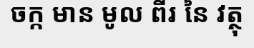
ចក្ក មាន មូល ពីរ នៃ វត្ថុ